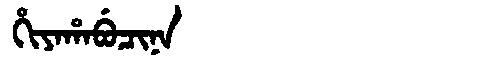
Manchu: ᡥᡳᠶᠠᡥᠠᠪᡠᠴᡳᠨᠠ
Romanization: HIYAHABUCINA